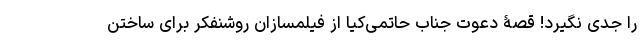
را جدی نگیرد! قصۀ دعوت جناب حاتمی‌کیا از فیلمسازان روشنفکر برای ساختن